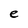
Character: e